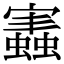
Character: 𧒡